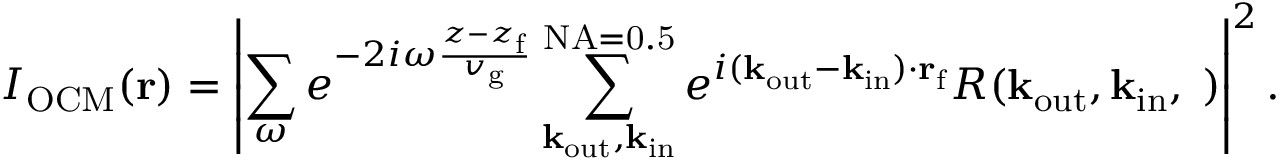
I _ { \mathrm { O C M } } ( { \bf r } ) = \left| \sum _ { \omega } e ^ { - 2 i \omega \frac { z - z _ { \mathrm { f } } } { v _ { \mathrm { g } } } } \sum _ { \bf k _ { \mathrm { o u t } } , \bf k _ { \mathrm { i n } } } ^ { \mathrm { N A = 0 . 5 } } e ^ { i ( { \bf k } _ { \mathrm { o u t } } - { \bf k } _ { \mathrm { i n } } ) \cdot { \bf r } _ { \mathrm { f } } } R ( \bf k _ { \mathrm { o u t } } , \bf k _ { \mathrm { i n } } , \omega ) \right| ^ { 2 } .